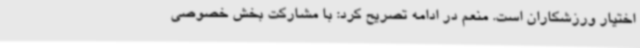
اختیار ورزشکاران است. منعم در ادامه تصریح کرد: با مشارکت بخش خصوصی